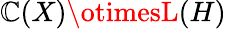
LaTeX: \mathbb{C}(X)\otimesL(H)